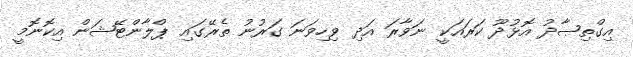
އިގްތިޞާދު އޮޅުދޫ ކަރައަކީ ނަވާރަ އަދި ވިހިވަނަ ގަރުނު ތެރޭގައި ޕްލާންޓޭޝަން އިކޮނޮމީ